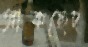
আকছেদ